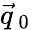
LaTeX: \vec{q}_{\mathrm{~0~}}